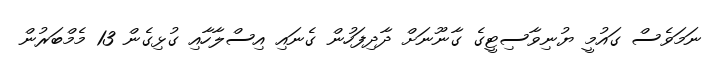
ނަމަވެސް ގައުމީ ޔުނިވާސިޓީގެ ގާނޫނަށް ދާދިފަހުން ގެނައި އިސްލާހާއި ގުޅިގެން 13 މެމްބަރުން